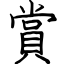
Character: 賞